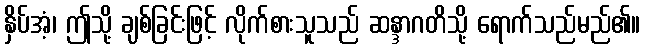
နှိပ်အံ့၊ ဤသို့ ချစ်ခြင်းဖြင့် လိုက်စားသူသည် ဆန္ဒာဂတိသို့ ရောက်သည်မည်၏။